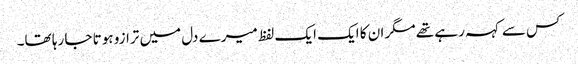
کس سے کہہ رہے تھے مگر ان کا ایک ایک لفظ میرے دل میں ترازو ہوتا جا رہا تھا۔